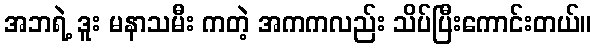
အဘရဲ့ ဒူး မနာသမီး ကတဲ့ အကကလည်း သိပ်ပြီးကောင်းတယ်။